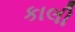
કાલી